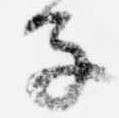
子